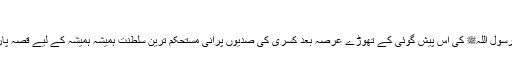
‘‘
تاریخ گواہ ہے کہ رسول اللہﷺ کی اس پیش گوئی کے تھوڑے عرصہ بعد کسری کی صدیوں پرانی مستحکم ترین سلطنت ہمیشہ ہمیشہ کے لیے قصہ پارینہ بن کر رہ گئی۔